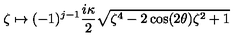
\zeta \mapsto ( - 1 ) ^ { j - 1 } \frac { i \kappa } { 2 } \sqrt { \zeta ^ { 4 } - 2 \cos ( 2 \theta ) \zeta ^ { 2 } + 1 }